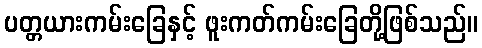
ပတ္တယားကမ်းခြေနှင့် ဖူးကတ်ကမ်းခြေတို့ဖြစ်သည်။